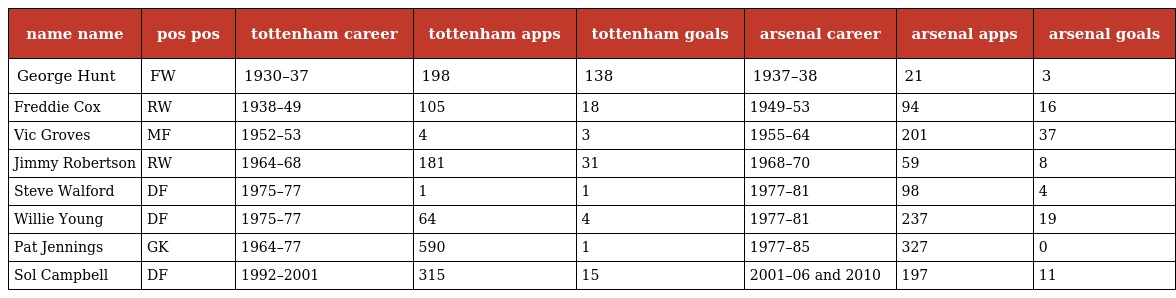
| name name | pos pos | tottenham career | tottenham apps | tottenham goals | arsenal career | arsenal apps | arsenal goals |
 | --- | --- | --- | --- | --- | --- | --- | --- |
 | George Hunt | FW | 1930–37 | 198 | 138 | 1937–38 | 21 | 3 |
 | Freddie Cox | RW | 1938–49 | 105 | 18 | 1949–53 | 94 | 16 |
 | Vic Groves | MF | 1952–53 | 4 | 3 | 1955–64 | 201 | 37 |
 | Jimmy Robertson | RW | 1964–68 | 181 | 31 | 1968–70 | 59 | 8 |
 | Steve Walford | DF | 1975–77 | 1 | 1 | 1977–81 | 98 | 4 |
 | Willie Young | DF | 1975–77 | 64 | 4 | 1977–81 | 237 | 19 |
 | Pat Jennings | GK | 1964–77 | 590 | 1 | 1977–85 | 327 | 0 |
 | Sol Campbell | DF | 1992–2001 | 315 | 15 | 2001–06 and 2010 | 197 | 11 |